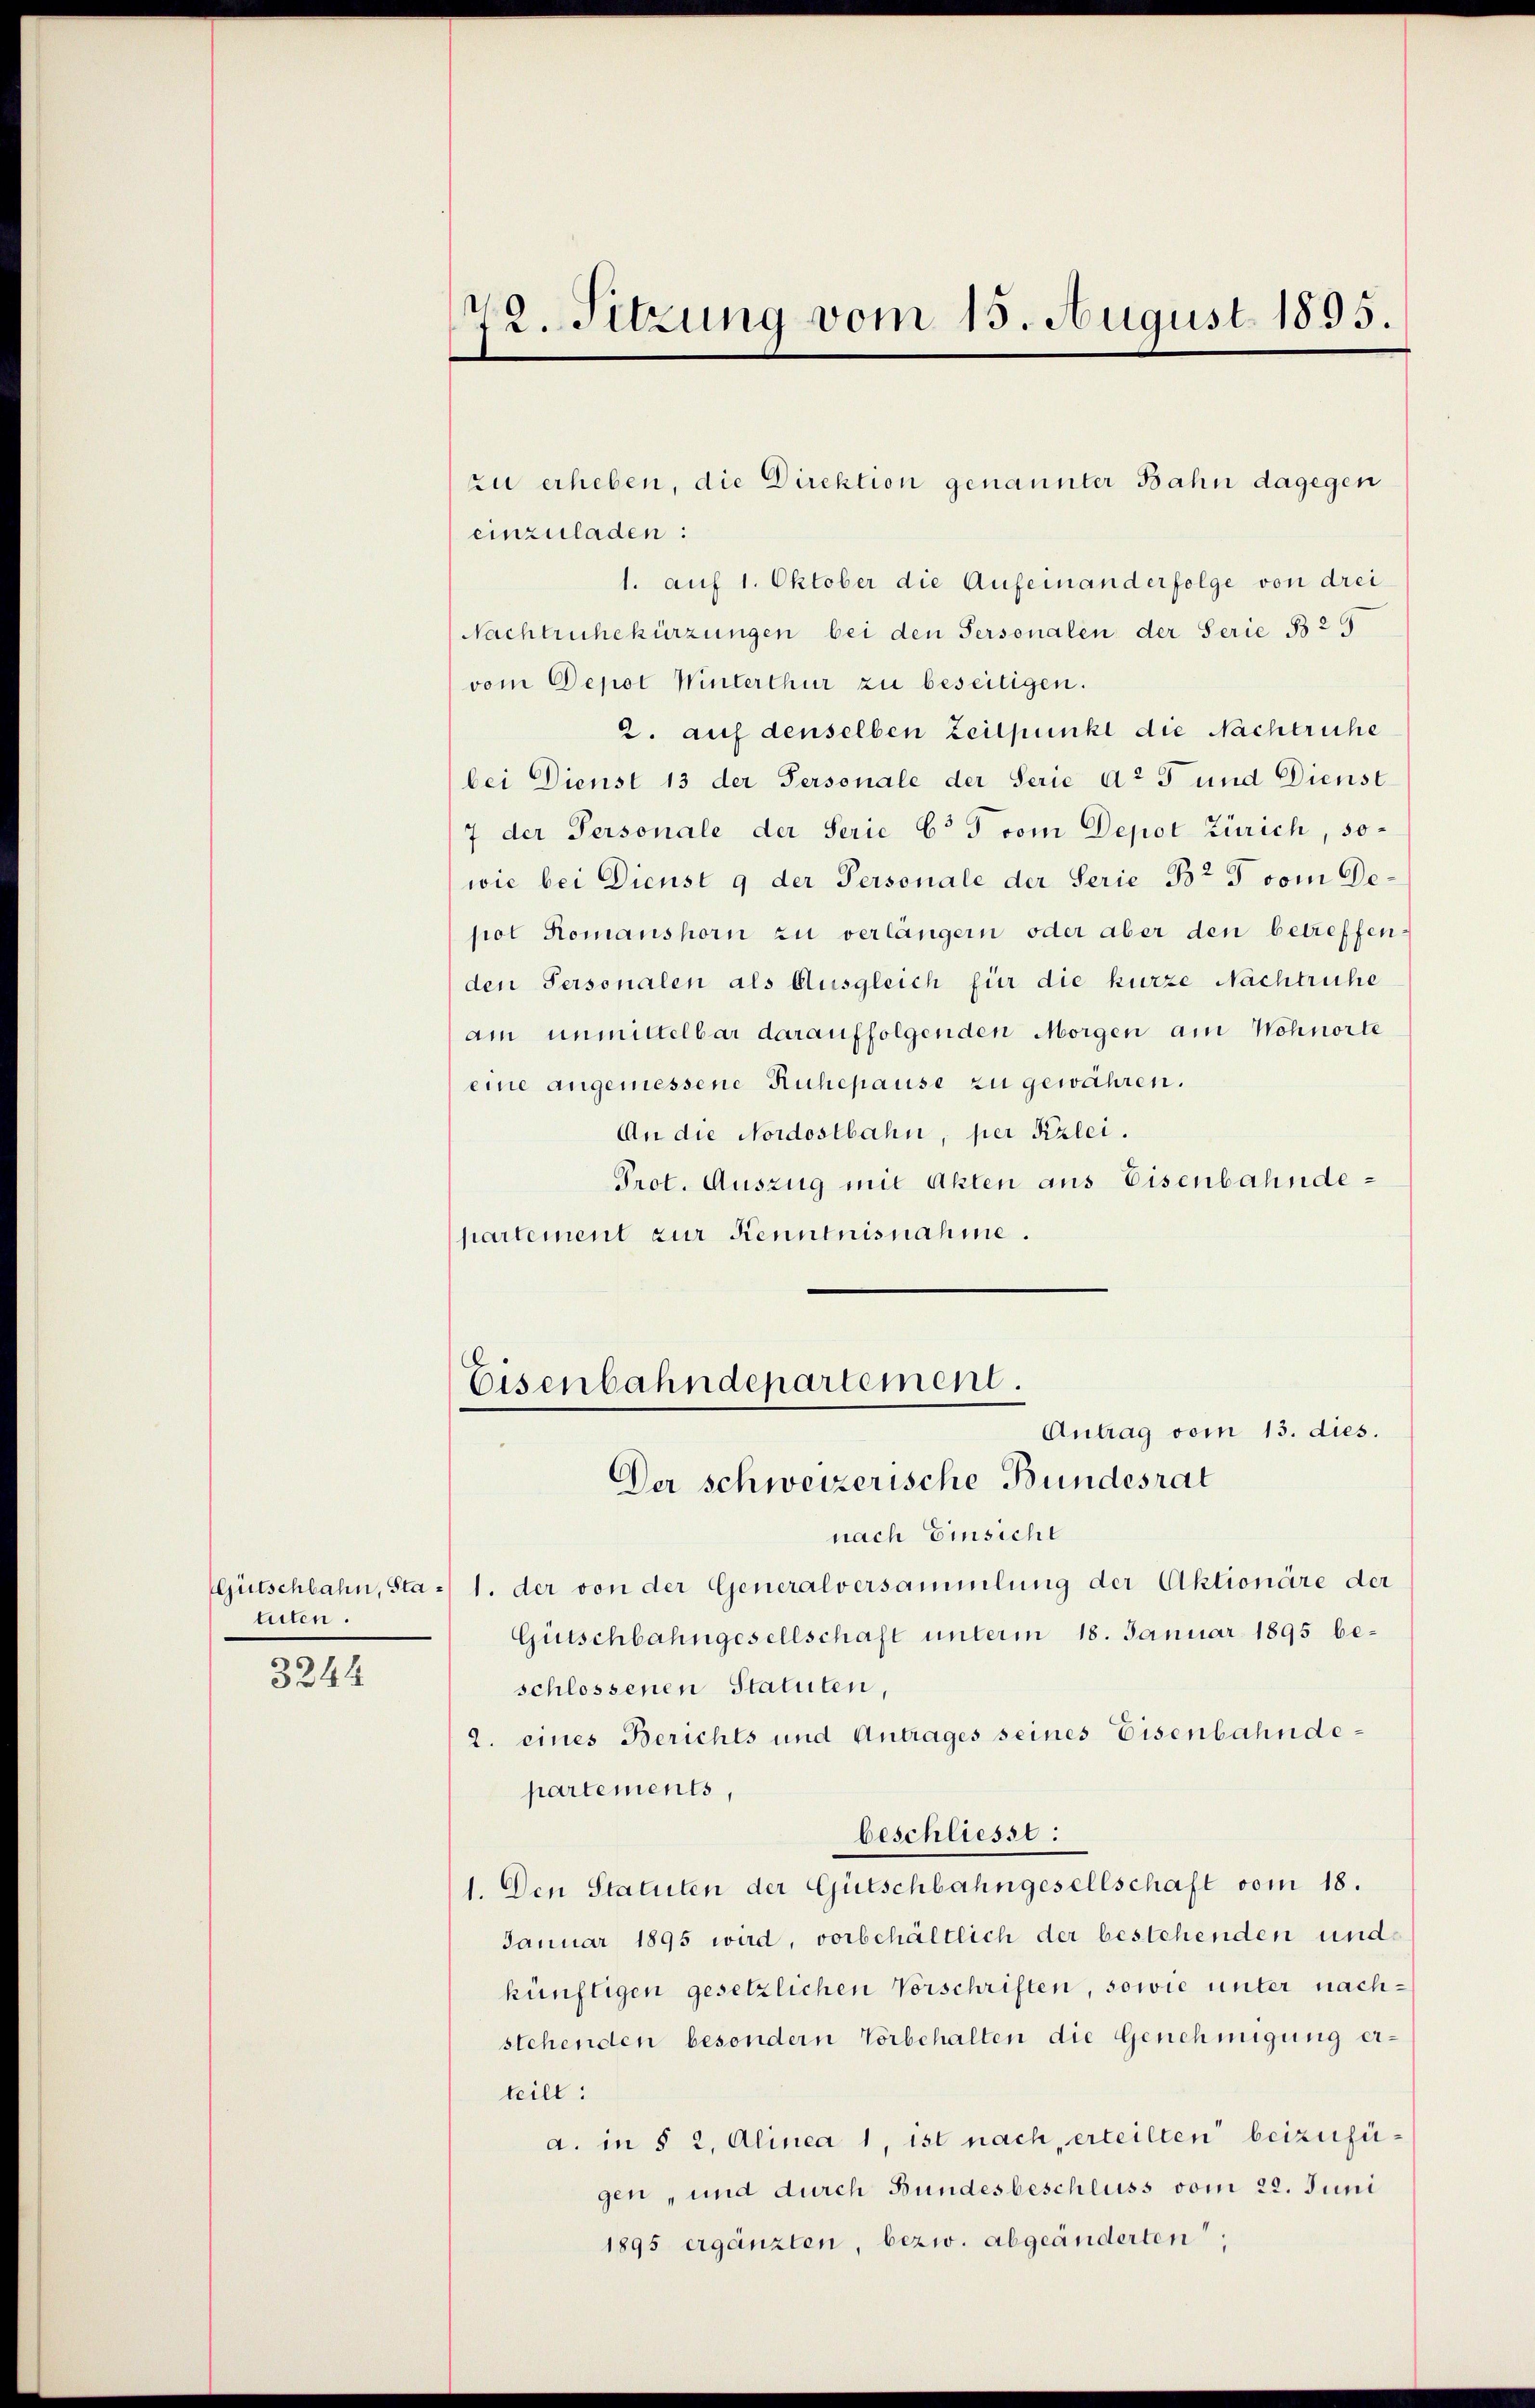
tuten.
3244

zu erheben, die Direktion genannter Bahn dagegen
einzuladen:
1. auf 1. Oktober die Aufeinanderfolge von drei
Nachtruhekürzungen bei den Personalen der Serie B 25
vom Depot Winterthur zu beseitigen.
2. auf denselben Zeitpunkt die Nachtruhe
bei Dienst 13 der Personale der Serie aa 5 und Dienst
7 der Personale der Serie C. 5 vom Depot Zürich, sowie bei Dicusi 9 der Personale der Serie Br 5 vom Depol Romanshorn zu verlängern oder aber den betreffenden Personalen als Ausgleich für die kurze Nachtruhe
am unmittelbar darauffolgenden Morgen am Wohnorte
eine angemessene Ruhepause zu gewähren.
An die Nordostbahn, per Kzlei.
Prot. Auszug mit Akten aus Eisenbahndepartement zur Kenntnisnahme.

72. Sitzung vom 15. August 1895.

Eisenbahndepartement.
Antrag vom 13. dies.
Der schweizerische Bundesrat

nach Einsicht
Gütschbahn, Sta - 1. der von der Generalversammlung der Aktionäre der
Gütschbahngesellschaft unterm 18. Januar 1895 beschlossenen Statuten,
2. eines Berichts und Antrages seines Eisenbahndepartements,
beschliesst:
1. Den Statuten der Gütschbahngesellschaft vom 18.
Januar 1895 wird, vorbehältlich der bestehenden und
künftigen gesetzlichen Vorschriften, sowie unter nachstehenden besondern Vorbehalten die Genehmigung erteilt:
a. in § 2, Alinea 1, ist nach, erteilten beizufügen, und durch Bundesbeschluss vom 22. Juni
1895 ergänzten, bezw. abgeänderten,